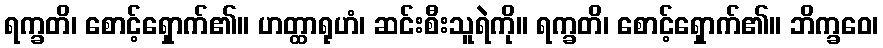
ရက္ခတိ၊ စောင့်ရှောက်၏။ ဟတ္ထာရုဟံ၊ ဆင်းစီးသူရဲကို။ ရက္ခတိ၊ စောင့်ရှောက်၏။ ဘိက္ခဝေ၊